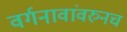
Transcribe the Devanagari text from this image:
वर्गनावांवरुनच